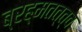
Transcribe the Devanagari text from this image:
ब्रह्मतत्त्व